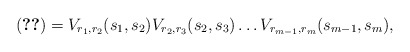
\begin{align*} \eqref{eq8.13}=V_{r_1,r_2}(s_1,s_2)V_{r_2,r_3}(s_2,s_3)\dots V_{r_{m-1},r_m}(s_{m-1},s_m),\end{align*}